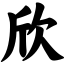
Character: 欣